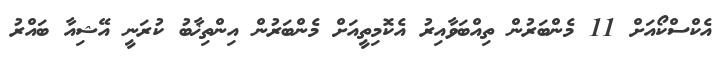
އެކްސްކޯއަށް 11 މެންބަރުން ތިއްބަވާއިރު އެކޮމިތީއަށް މެންބަރުން އިންތިޚާބު ކުރަނީ އޭޝިއާ ބައްރު